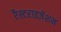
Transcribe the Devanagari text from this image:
रैस्टराइज़ेशन